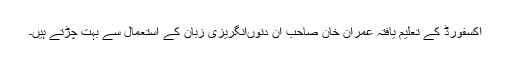
آکسفورڈ کے تعلیم یافتہ عمران خان صاحب ان دنوںانگریزی زبان کے استعمال سے بہت چڑتے ہیں۔